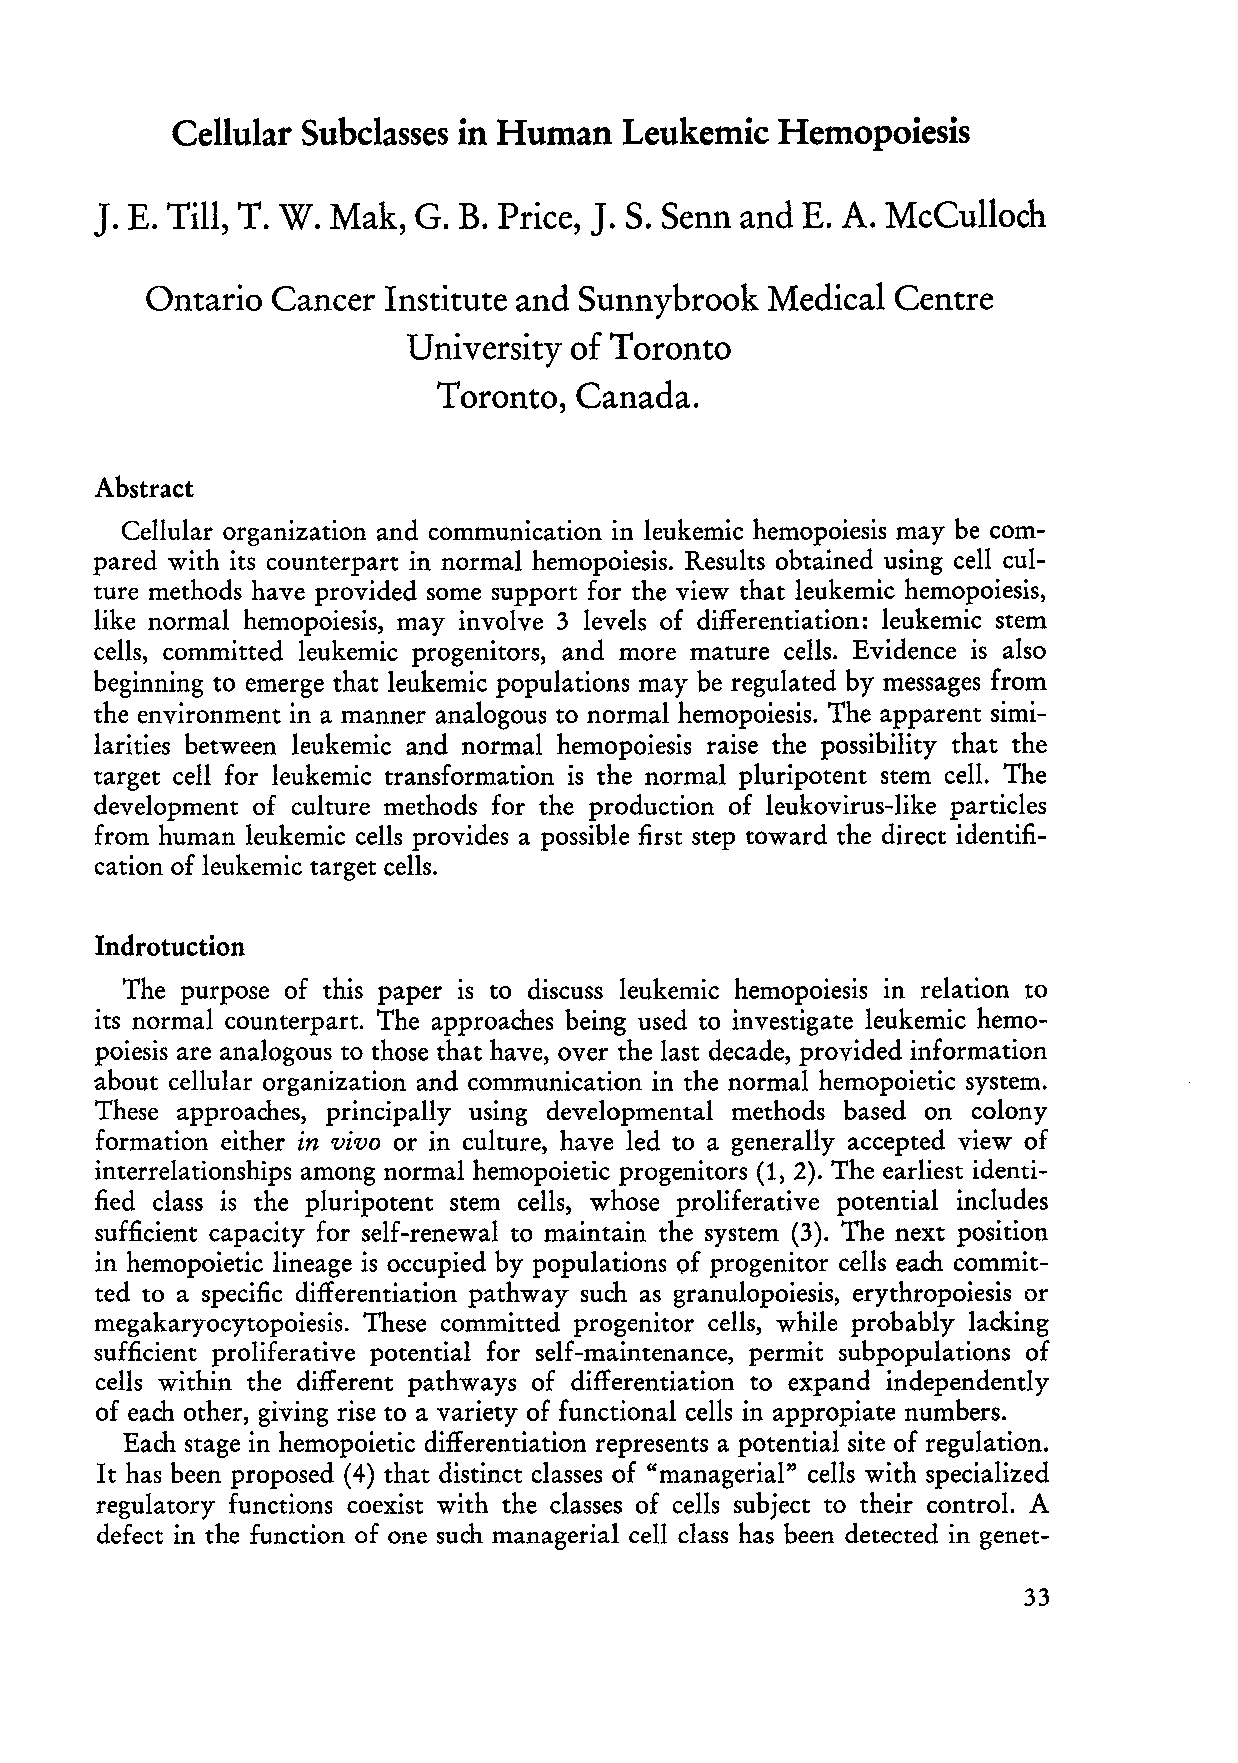
Cellular Subclasses in Human Leukemic   Hemopoiesis
 J.                               J.
 E. Till, T. W. Mak, G. B. Price, S. Senn and E. A. McCulloch
 Ontario Cancer  Institute and Sunnybrook Medical Centre
 University of Toronto
 Toronto, Canada.
 Abstract
 Cellular organization and communication in leukemic hemopoiesis may be com
 pared with its counterpart in normal hemopoiesis. Results obtained using cell cul
 ture methods have provided some support for the view that leukemic hemopoiesis,
 like normal hemopoiesis, may involve 3 levels of differentiation: leukemic stern
 cells, committed leukemic progenitors, and more mature cells. Evidence is also
 beginning to emerge that leukemic populations may be regulated by messages frorn
 the environment in a manner analogous to normal hemopoiesis. The apparent simi
 larities between leukemic and normal hemopoiesis raise the possibility that the
 target cell for leukemic transformation is the normal pluripotent stern cel!. The
 development of culture methods for the production of leukovirus-like partides
 from human leukemic cells provides a possible :first step toward the direct identi:fi
 cation of leukemic target cells.
 Indrotuction
 The purpose of this paper is to discuss leukemic hemopoiesis in relation to
 its normal counterpart. The approaches being used to investigate leukemic hemo
 poiesis are analogous to those that have, over the last decade, provided information
 about cellular organization and communication in the normal hemopoietic system.
 These approaches, principally using developmental methods based on colony
 formation either in vivo or in culture, have led to a generally accepted view of
 interrelationships among normal hemopoietic progenitors (1, 2). The earliest identi
 fied dass is the pluripotent stern cells, whose proliferative potential includes
 sufficient capacity for self-renewal to maintain the system (3). The next position
 in hemopoietic lineage is occupied by populations of progenitor cells each commit
 ted to a specific differentiation pathway such as granulopoiesis, erythropoiesis or
 megakaryocytopoiesis. These committed progenitor cells, while probably lacking
 sufficient proliferative potential for self-maintenance, permit subpopulations of
 cells within the different pathways of differentiation to expand independently
 of each other, giving rise to a variety of functional cells in appropiate numbers.
 Each stage in hemopoietic differentiation represents a potential site of regulation.
 It has been proposed (4) that distinct classes of "managerial" cells with specialized
 regulatory functions coexist with the classes of cells subject to their contro!. A
 defect in the function of one such managerial cell dass has been detected in genet-
 33